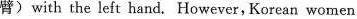
臂)with the left hand. However,Korean women